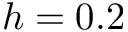
h = 0 . 2